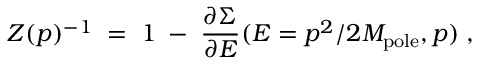
Z ( p ) ^ { - 1 } \; = \; 1 \; - \; { \frac { \partial \Sigma } { \partial E } } ( E = p ^ { 2 } / 2 M _ { \mathrm { p o l e } } , p ) \; ,